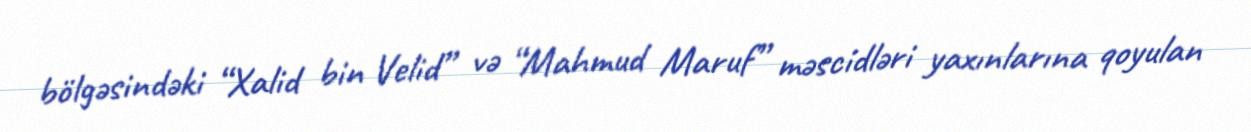
bölgəsindəki “Xalid bin Velid” və “Mahmud Maruf” məscidləri yaxınlarına qoyulan